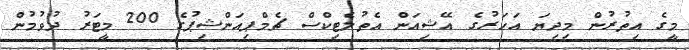
މީގެ އިތުރުން މިދިޔަ އަހަރުގެ އޭޝިއަން އެތުލެޓިކްސް ޗެމްޕިއަންޝިޕުގެ 200 މީޓަރު ދުވުމުން